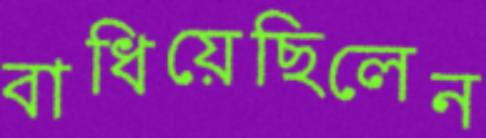
বাধিয়েছিলেন